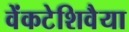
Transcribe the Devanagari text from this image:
वेंकटेशिवैया